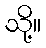
သို့။